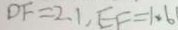
D F = 2 . 1 , E F = 1 . 6